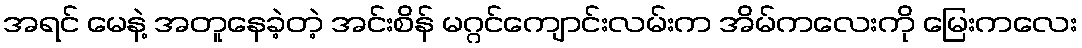
အရင် မေနဲ့ အတူနေခဲ့တဲ့ အင်းစိန် မဂ္ဂင်ကျောင်းလမ်းက အိမ်ကလေးကို မြေးကလေး